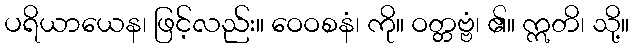
ပရိယာယေန၊ ဖြင့်လည်း။ ဝေဝစနံ၊ ကို။ ဝတ္တဗ္ဗံ၊ ၏။ ဣတိ၊ သို့။